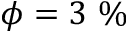
\phi = 3 ~ \%